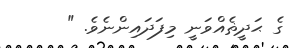
ގެ ޙަދީޡެއްވަނީ މިފަދައިންނެވެ. "